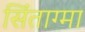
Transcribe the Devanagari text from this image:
सिंताग्मा